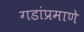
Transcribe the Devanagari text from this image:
गडांप्रमाणे